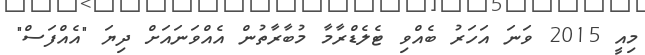
މިއީ 2015 ވަނަ އަހަރު ބެއްވި ޓެލެޑްރާމާ މުބާރާތުން އެއްވަނައަށް ދިޔަ "އެއްފަސް"